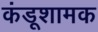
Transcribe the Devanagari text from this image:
कंडूशामक